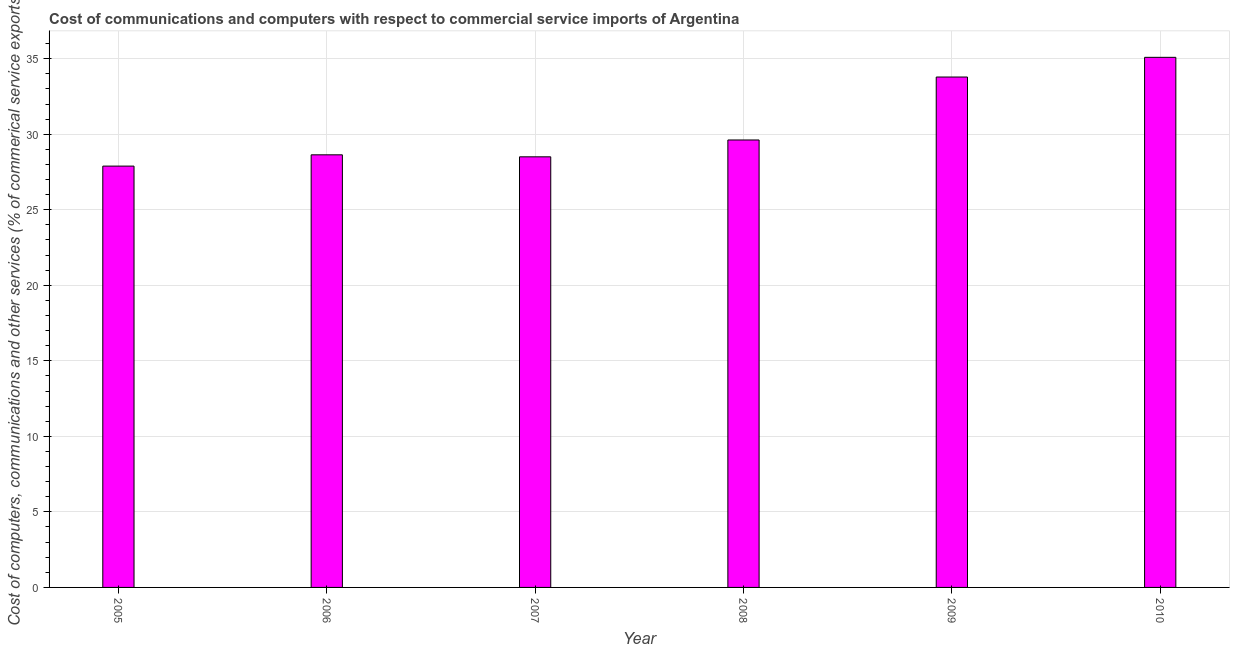
| Year | Computer |
 | --- | --- |
 | 2005 | 27.9 |
 | 2006 | 28.6 |
 | 2007 | 28.5 |
 | 2008 | 29.6 |
 | 2009 | 33.8 |
 | 2010 | 35.1 |